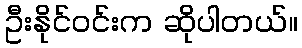
ဦးနိုင်ဝင်းက ဆိုပါတယ်။